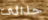
حذائى